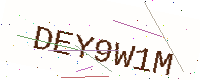
Text: DEY9W1M